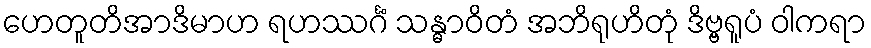
ဟေတူတိအာဒိမာဟ ရဟဿင်္ဂံ သန္ဓာဝိတံ အဘိရုဟိတုံ ဒိဗ္ဗရူပံ ဝါကရာ